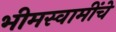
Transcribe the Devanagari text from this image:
भीमस्वामींचे